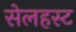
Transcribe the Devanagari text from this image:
सेलहस्ट